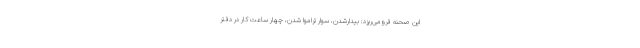
این صحنه فرومی‌ریزد: بیدارشدن، سوار تراموا شدن، چهار ساعت کار در دفتر